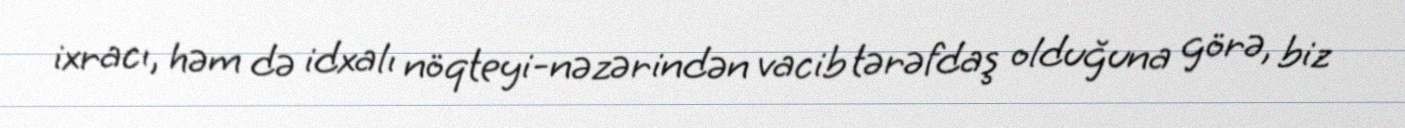
ixracı, həm də idxalı nöqteyi-nəzərindən vacib tərəfdaş olduğuna görə, biz